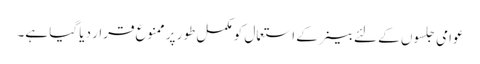
عوامی جلسوں کے لئے بینر کے استعمال کو مکمل طور پر ممنوع قرار دیا گیا ہے۔